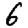
Digit: 6